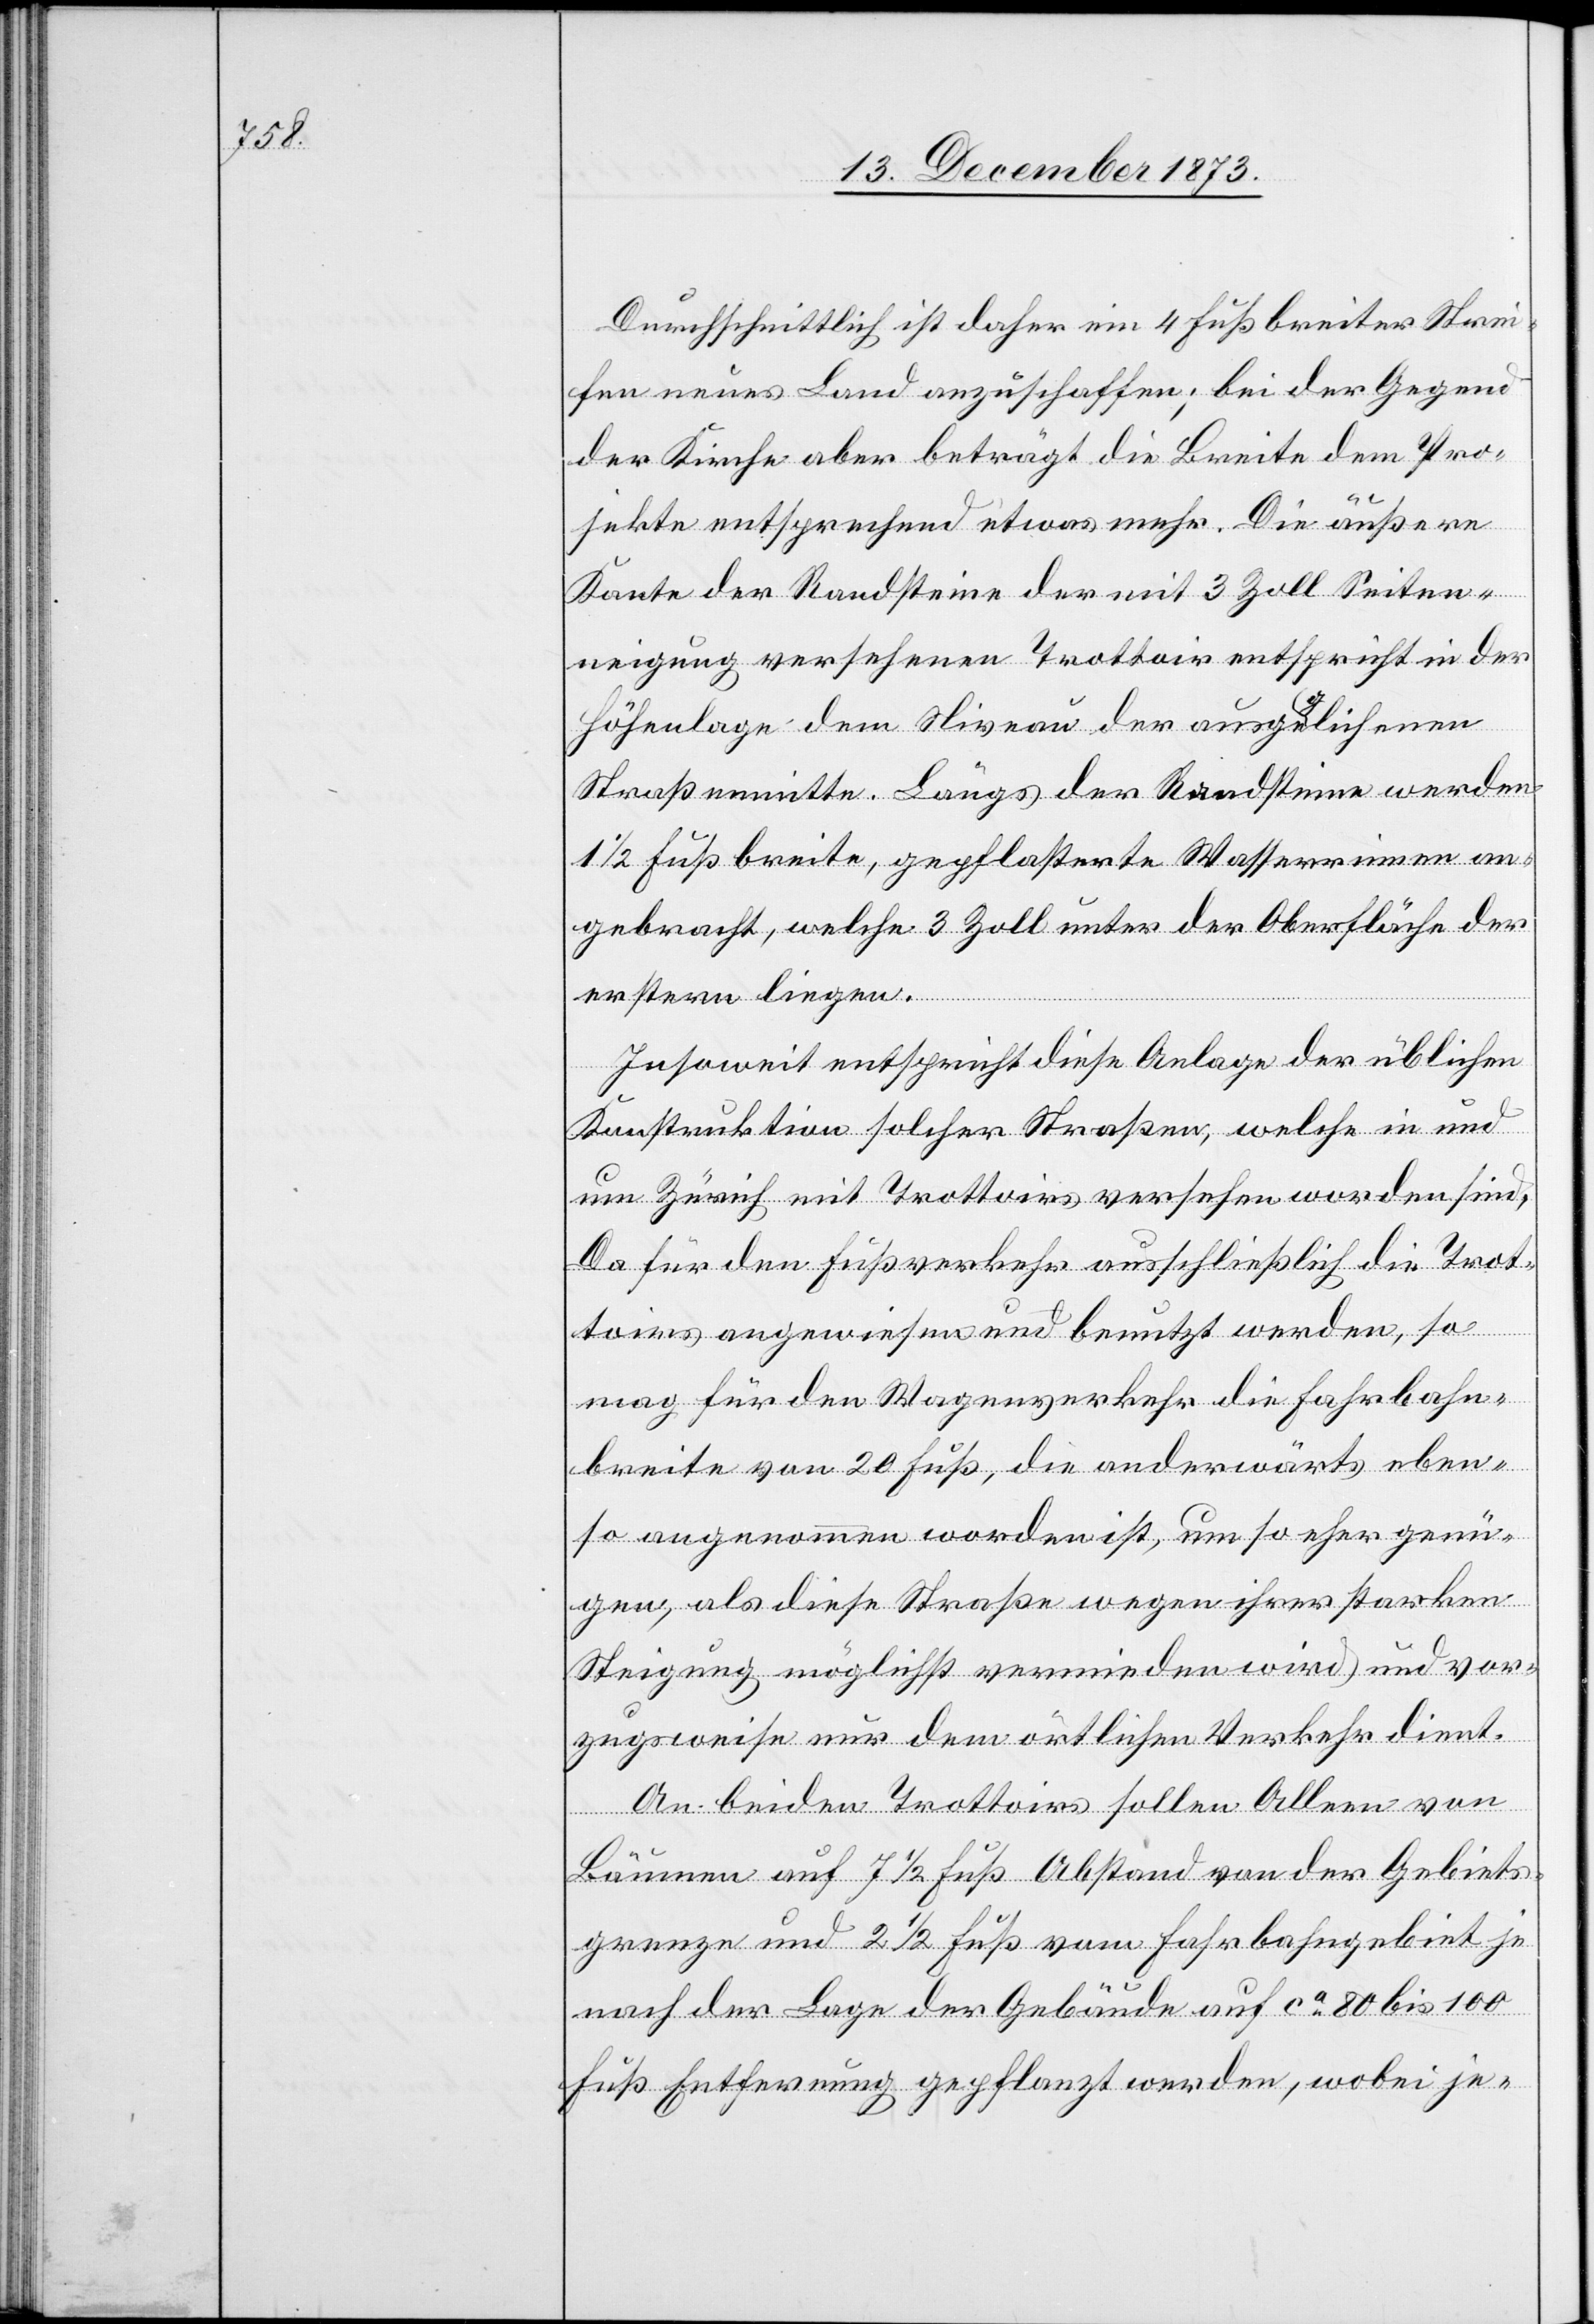
Durchschnittlich ist daher ein 4 Fuß breiter Strei¬
fen neues Land anzuschaffen; bei der Gegend
der Kirche aber beträgt die Breite dem Pro¬
jekte entsprechend etwas mehr. Die äußere
Kante der Randsteine der mit 3 Zoll Seiten¬
neigung versehenen Trottoir entspricht in der
Höhenlage dem Niveau der ausgeglichenen
Straßenmitte. Längs der Randsteine werden
1 1/2 Fuß breite, gepflasterte Wasserrinnen an¬
gebracht, welche 3 Zoll unter der Oberfläche der
erstern liegen.
Insoweit entspricht diese Anlage der üblichen
Konstruktion solcher Straßen, welche in und
um Zürich mit Trottoirs versehen worden sind.
Da für den Fußverkehr ausschließlich die Trot¬
toirs angewiesen und benutzt werden, so
mag für den Wagenverkehr die Fahrbahn¬
breite von 20 Fuß, die anderwärts eben¬
so angenommen worden ist, um so eher genü¬
gen, als diese Straße wegen ihrer starken
Steigung möglichst vermieden wird und vor¬
zugsweise nur dem örtlichen Verkehr dient.
An beiden Trottoirs sollen Alleen von
Bäumen auf 7 1/2 Fuß Abstand von der Gebiets¬
grenze und 2 1/2 Fuß vom Fahrbahngebiet je
nach der Lage der Gebäude auf ca 80 bis 100
Fuß Entfernung gepflanzt werden, wobei je-